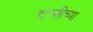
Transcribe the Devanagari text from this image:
हाल्सीच्या